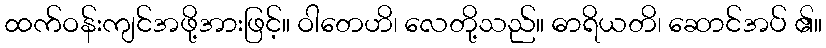
ထက်ဝန်းကျင်အဖို့အားဖြင့်။ ဝါတေဟိ၊ လေတို့သည်။ ဓာရိယတိ၊ ဆောင်အပ် ၏။